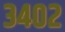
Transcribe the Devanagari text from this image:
३४०२